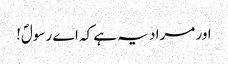
اور مراد یہ ہے کہ اے رسولؐ!